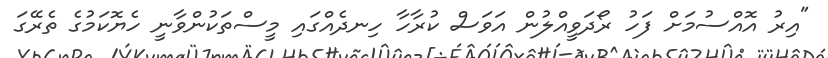
"އިރު އޮއްސުމަށް ފަހު ރޯދަވީއްލުން އަވަސް ކުރާހާ ހިނދެއްގައި މީސްތަކުންވާނީ ހެޔޮކަމުގެ ތެރޭގަ